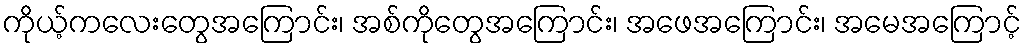
ကိုယ့်ကလေးတွေအကြောင်း၊ အစ်ကိုတွေအကြောင်း၊ အဖေအကြောင်း၊ အမေအကြောင့်